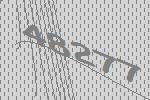
48277